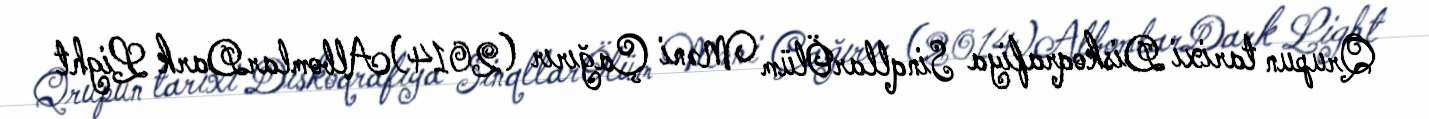
Qrupun tarixi Diskoqrafiya SinqllarÖlüm Məni Çağırır (2014)AlbomlarDark Light